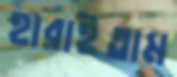
হারাইতাম